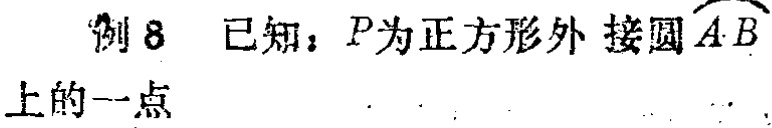
例8 已知：\(P\)为正方形外接圆\(\overset{\frown}{AB}\)上的一点